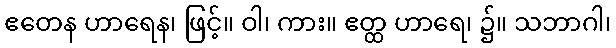
ဧတေန ဟာရေန၊ ဖြင့်။ ဝါ၊ ကား။ ဧတ္ထ ဟာရေ၊ ၌။ သဘာဂါ၊